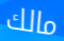
مالك